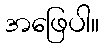
အဖြေပါ။